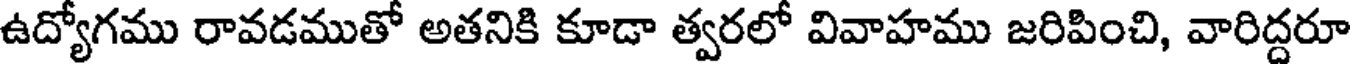
ఉద్యోగము రావడముతో అతనికి కూడా త్వరలో వివాహము జరిపించి, వారిద్దరూ